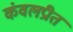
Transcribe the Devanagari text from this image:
कंवलप्रीत